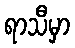
ရာသီမှာ